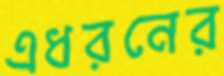
এধরনের